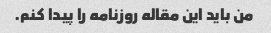
من باید این مقاله روزنامه را پیدا کنم.